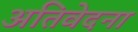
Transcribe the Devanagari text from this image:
अतिवेदना